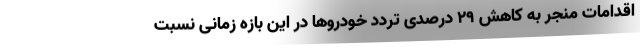
اقدامات منجر به کاهش ۲۹ درصدی تردد خودروها در این بازه زمانی نسبت